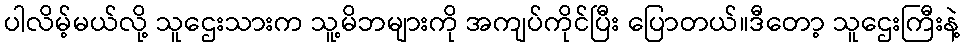
ပါလိမ့်မယ်လို့ သူဌေးသားက သူ့မိဘများကို အကျပ်ကိုင်ပြီး ပြောတယ်။ဒီတော့ သူဌေးကြီးနဲ့